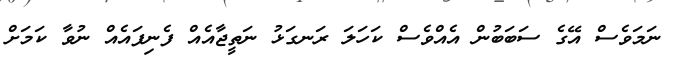
ނަމަވެސް އޭގެ ސަބަބުން އެއްވެސް ކަހަލަ ރަނގަޅު ނަތީޖާއެއް ފެނިފައެއް ނުވާ ކަމަށް